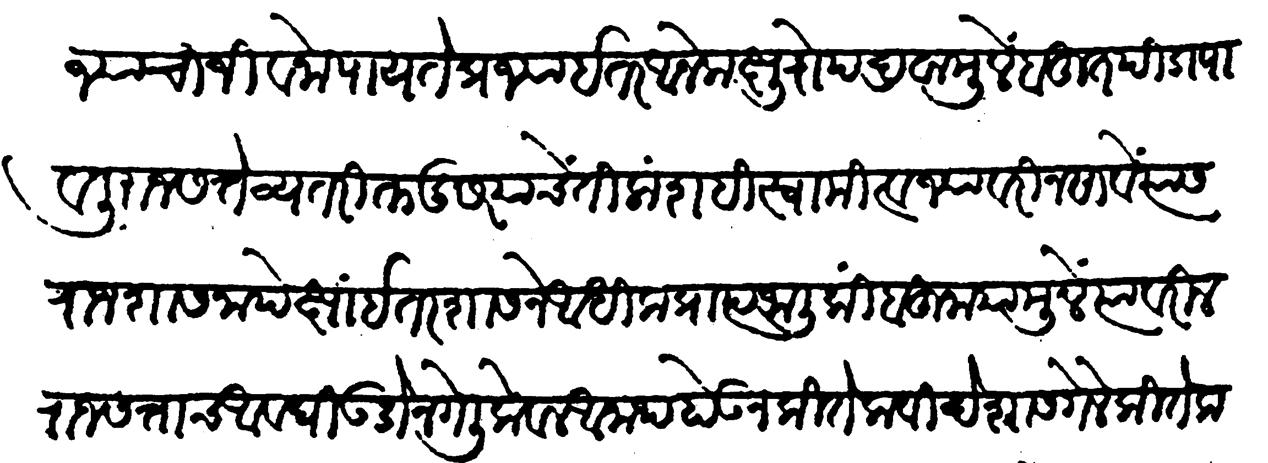
Transliteration (Devanagari): राज्याचा जीवनोपाय ते प्रजा इतर अनेक क्षुद्रोप द्रवांमुळें बहुत पीडा पावली राजसत्ते व्यतिरिक्त दुसऱ्याचें तिलांशहि स्वामित्व ज्यावरी नसावें त्यास राज शासनापेक्षा इतर शासनें आधिक प्राप्त जाली किंबहुना यामुळें त्यावरील राजसत्ताच अवघी उडोन गेली केवळ अनाथ होऊन कित्येक विदेशास गेले कितेक